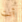
أنت